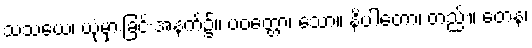
သံသယေ၊ ယုံမှားခြင်းအနက်၌။ ပဝတ္တော၊ သော။ နိပါတော၊ တည်း။ တေန၊